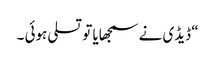
“ ڈیڈی نے سمجھایا تو تسلی ہوئی ۔